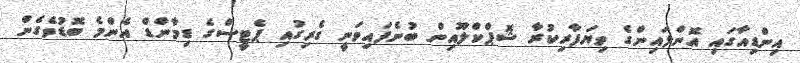
އިންޑިއާގައި އޮންލައިންގެ ވިޔަފާރިކުރާ ޝޮޕްކްލޫއިން ބުނެފައިވަނީ ގެރިގުއި ޕެޓީސްގެ ޑިމާންޑް އެންމެ ބޮޑުވެގެން